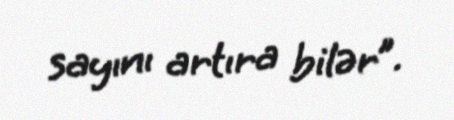
sayını artıra bilər”.